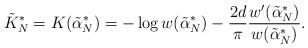
LaTeX: \begin{align*}\tilde{K}_{N}^{\ast} = K(\tilde{\alpha}_{N}^{\ast}) = - \log w(\tilde{\alpha}_{N}^{\ast}) - \frac{2d}{\pi} \frac{w'(\tilde{\alpha}_{N}^{\ast})}{w(\tilde{\alpha}_{N}^{\ast})}. \end{align*}